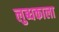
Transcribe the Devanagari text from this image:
लुब्धकाला